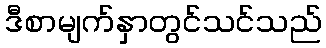
ဒီစာမျက်နှာတွင်သင်သည်